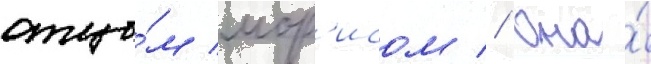
отцо́м мор'исом // Она́